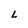
Character: L